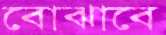
বোঝাবে